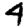
Digit: 4